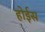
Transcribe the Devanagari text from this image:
होईस